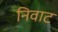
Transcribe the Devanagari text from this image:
निवाट